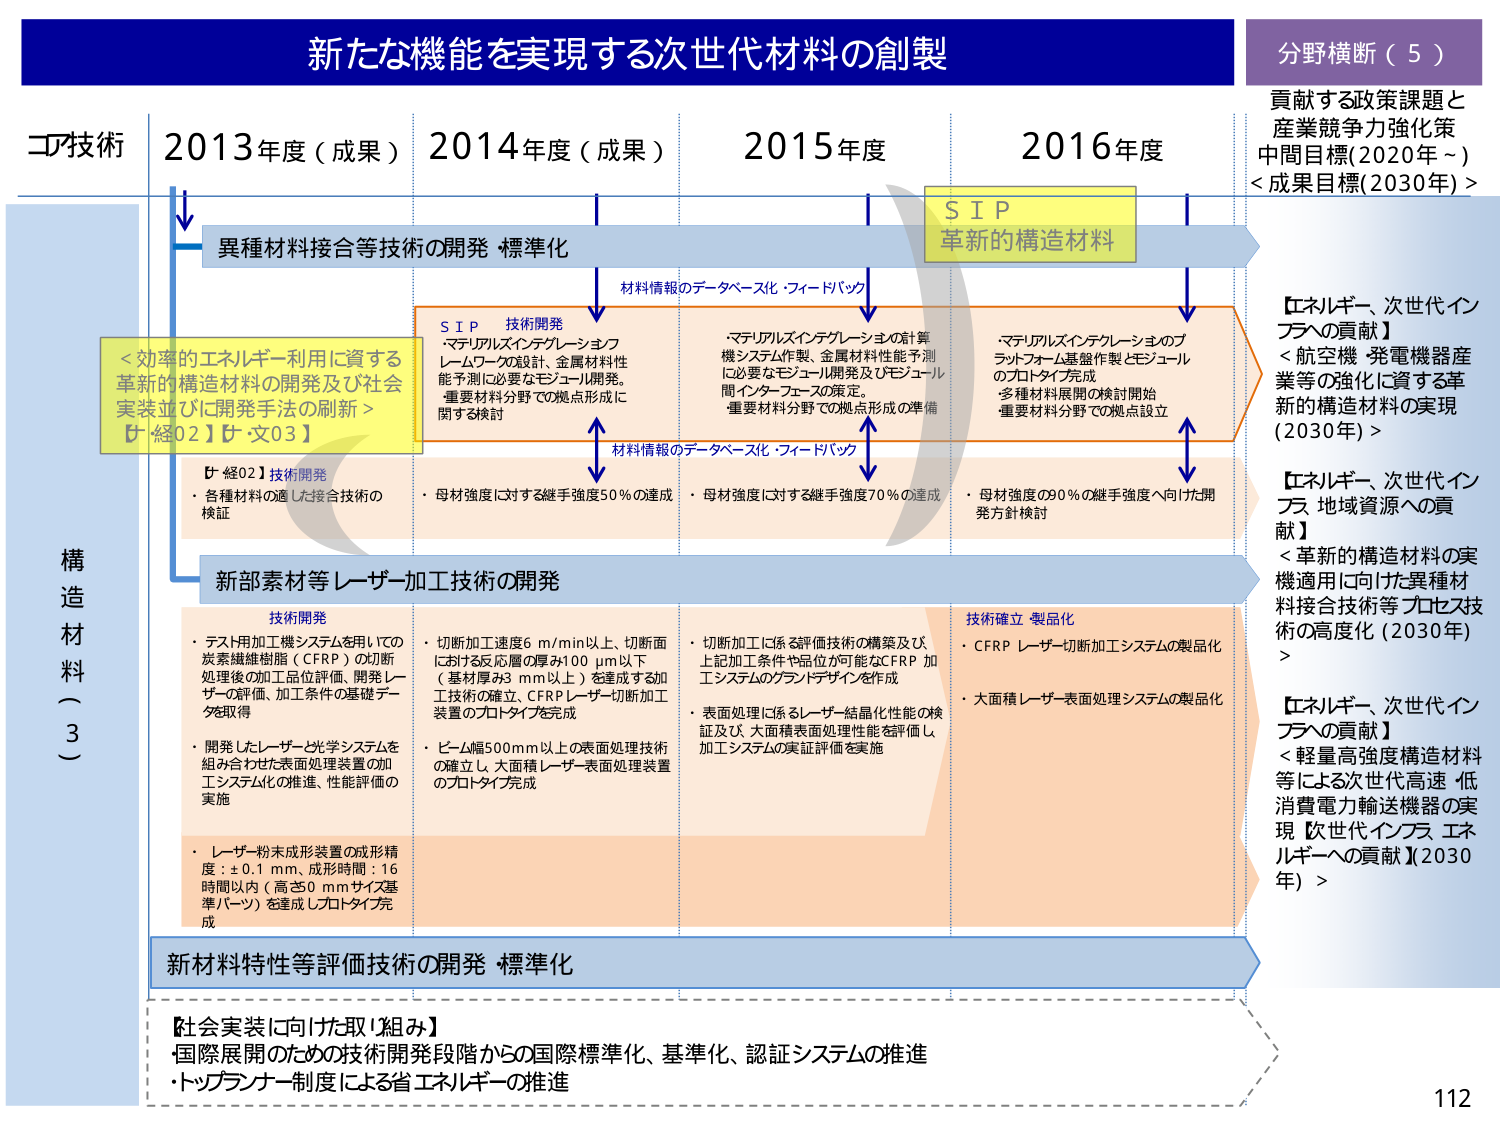
新たな機能を実現する次世代材料の創製

分野横断（5）
貢献する政策課題と
産業競争力強化策
中間目標(2020年～)
<成果目標(2030年)>

コア技術
2013年度（成果） 2014年度（成果） 2015年度 2016年度

異種材料接合等技術の開発 標準化
↓
S I P
革新的構造材料

材料情報のデータベース・フィードバック
↓
S I P 技術開発
・マテリアルズインテグレーションフレームワーク設計、金属材料性能予測に必要なモジュール開発。
・重要材料分野での拠点形成に関する検討

材料情報のデータベース化・フィードバック
↑
・マテリアルズインテグレーションの計算機システム作製、金属材料性能予測に必要なモジュール開発及びモジュール間インターフェースの策定。
・重要材料分野での拠点形成の準備

↑
・マテリアルズインテグレーションのプラットフォーム基盤作製とモジュールのプロトタイプ完成
・多種材料展開の検討開始
・重要材料分野での拠点設立

<効率的エネルギー利用に資する
革新的構造材料の開発及び社会
実装並びに開発手法の刷新>
【ナ経02】【ナ文03】

【ナ経02】技術開発
・各種材料の適した接合技術の
検証

・母材強度に対する継手強度50％の達成
・母材強度に対する継手強度70％の達成
・母材強度の90％の継手強度へ向けた開発方針検討

構造材料（3）

新部素材等レーザー加工技術の開発

技術開発
・テスト用加工機システムを用いての
炭素繊維樹脂（CFRP）の切断
処理後の加工品位評価、開発レーザーの評価、加工条件の基礎データを取得
・開発したレーザーと光学システムを組み合わせた表面処理装置の加工システム化の推進、性能評価の実施
・レーザー粉末成形装置の成形精度：±0.1 mm、成形時間：16時間以内（高さ50 mmサイズ基準パーツ）を達成しプロトタイプ完成

・切断加工速度6 m/min以上、切断面における反応層の厚み100 μm以下（基材厚み3 mm以上）を達成する加工技術の確立、CFRPレーザー切断加工装置のプロトタイプを完成
・ビーム幅500mm以上の表面処理技術の確立し、大面積レーザー表面処理装置のプロトタイプ完成

・切断加工に係る評価技術の構築及び、上記加工条件や品位が可能なCFRP加工システムのグランドデザインを作成
・表面処理に係るレーザー結晶化性能の検証及び、大面積表面処理性能を評価し、加工システムの実証評価を実施

技術確立・製品化
・CFRP レーザー切断加工システムの製品化
・大面積レーザー表面処理システムの製品化

新材料特性等評価技術の開発 標準化

【社会実装に向けた取り組み】
・国際展開のための技術開発段階からの国際標準化、基準化、認証システムの推進
・トップランナー制度による省エネルギーの推進

【エネルギー、次世代インフラへの貢献】
＜航空機・発電機器産業等の強化に資する革新的構造材料の実現（2030年）＞

【エネルギー、次世代インフラ 地域資源への貢献】
＜革新的構造材料の実機適用に向けた異種材料接合技術等プロセス技術の高度化（2030年）＞

【エネルギー、次世代インフラへの貢献】
＜軽量高強度構造材料等による次世代高速・低消費電力輸送機器の実現【次世代インフラ、エネルギーへの貢献】（2030年）＞

112